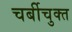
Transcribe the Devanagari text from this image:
चर्बीचुक्त